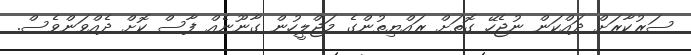
ސަރުކާރަށް ދައްކަން ނުޖެހޭ ގޮތަށް ރައްޔިތުންގެ މަޖްލީހުން ގާނޫނެއް ފާސް ކޮށް ދެއްވަންވެސް.